Vaccination in the Punjab 1919-1929 - 1919-1929
Year: 1919
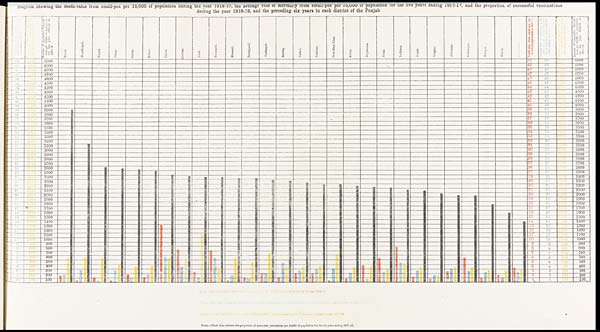
Diagram Showing the death-rates from small-pox per 10,000 of population during the year 1918-19, the avreage rate of marrality from small-pox per 10,000 of popopulation for the five years ending 1917-18 and the proportion of successful vaccinations
during the year 1918-19, and the preceding six years in each district of the Punjab.